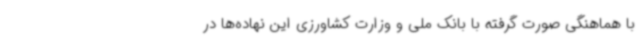
با هماهنگی صورت گرفته با بانک ملی و وزارت کشاورزی این نهاده‌ها در